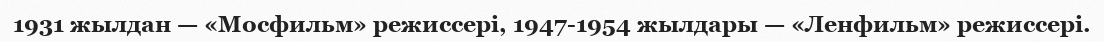
1931 жылдан — «Мосфильм» режиссері, 1947-1954 жылдары — «Ленфильм» режиссері.